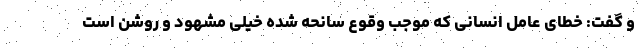
و گفت: خطای عامل انسانی که موجب وقوع سانحه شده خیلی مشهود و روشن است